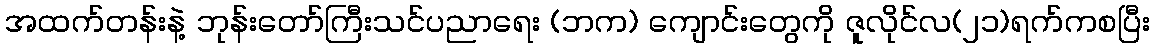
အထက်တန်းနဲ့ ဘုန်းတော်ကြီးသင်ပညာရေး (ဘက) ကျောင်းတွေကို ဇူလိုင်လ(၂၁)ရက်ကစပြီး